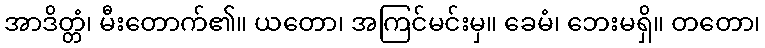
အာဒိတ္တံ၊ မီးတောက်၏။ ယတော၊ အကြင်မင်းမှ။ ခေမံ၊ ဘေးမရှိ။ တတော၊